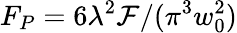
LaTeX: F_{P}=6\lambda^{2}\mathcal{F}/(\pi^{3}w_{0}^{2})